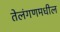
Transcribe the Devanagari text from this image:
तेलंगणमधील